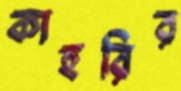
কাহরির